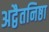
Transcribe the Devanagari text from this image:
अद्वैतनिष्ठा